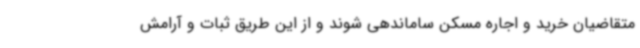
متقاضیان خرید و اجاره مسکن ساماندهی شوند و از این طریق ثبات و آرامش